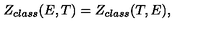
Z _ { c l a s s } ( E , T ) = Z _ { c l a s s } ( T , E ) ,